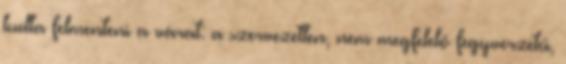
tudta felmenteni a várat: a szervezetlen, nem megfelelő fegyverzetű,